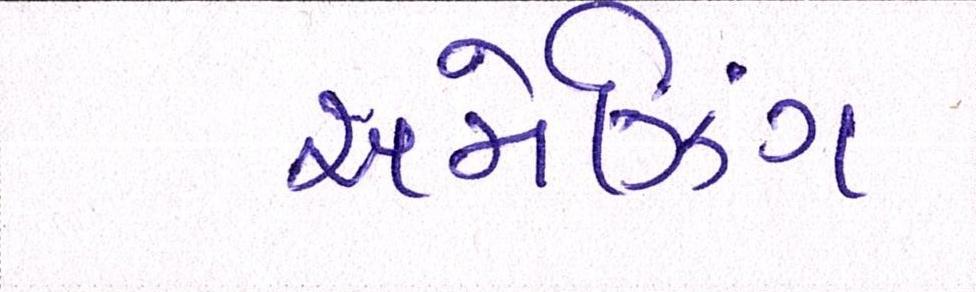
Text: અમેઝિંગ